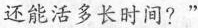
还能活多长时间?”